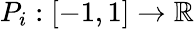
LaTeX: P_{i}:[-1,1]\to\mathbb{R}